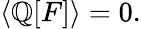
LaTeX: \left\langle\mathbb{Q}[F]\right\rangle=0.